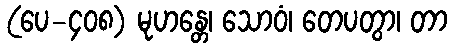
(ပေ-၄၀၈) မုဟန္တေ၊ သောဝံ၊ တေပတွာ၊ တာ